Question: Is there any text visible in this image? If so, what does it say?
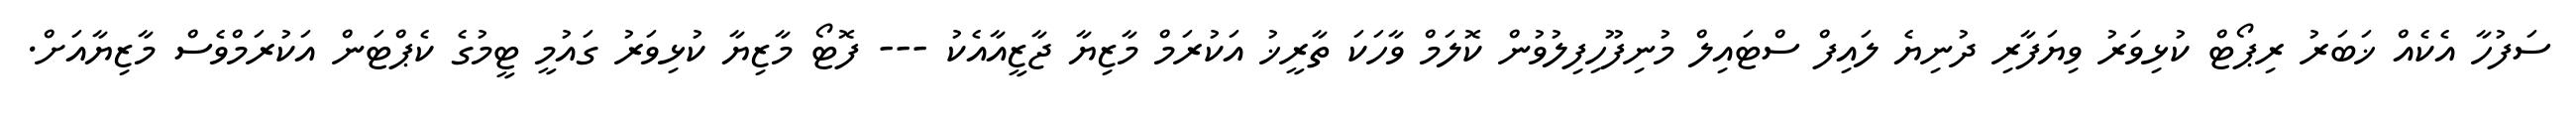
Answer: ސަފުހާ އެކެއް ޚަބަރު ރިޕޯޓް ކުޅިވަރު ވިޔަފާރި ދުނިޔެ ލައިފް ސްޓައިލް މުނިފޫހިފިލުވުން ކޮލަމް ވާހަކަ ތާރީޚު އަކުރަމް މާޒިޔާ ޖާޒީއާއެކު --- ފޮޓޯ މާޒިޔާ ކުޅިވަރު ގައުމީ ޓީމުގެ ކެޕްޓަން އަކުރަމްވެސް މާޒިޔާއަށް.